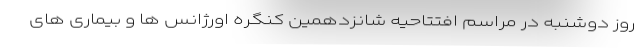
روز دوشنبه در مراسم افتتاحیه شانزدهمین کنگره اورژانس ها و بیماری های